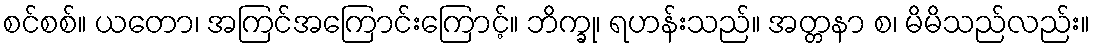
စင်စစ်။ ယတော၊ အကြင်အကြောင်းကြောင့်။ ဘိက္ခု၊ ရဟန်းသည်။ အတ္တနာ စ၊ မိမိသည်လည်း။